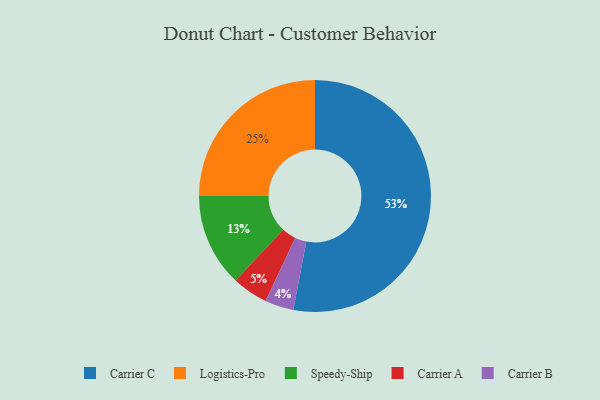
{"axis": {"x": "Category", "y": "Percentage"}, "legend": ["Carrier A", "Carrier B", "Carrier C", "Logistics-Pro", "Speedy-Ship"], "data": [{"x": "Carrier C", "y": 53, "type": "Carrier C"}, {"x": "Carrier B", "y": 4, "type": "Carrier B"}, {"x": "Speedy-Ship", "y": 13, "type": "Speedy-Ship"}, {"x": "Logistics-Pro", "y": 25, "type": "Logistics-Pro"}, {"x": "Carrier A", "y": 5, "type": "Carrier A"}]}